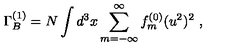
\Gamma _ { B } ^ { ( 1 ) } = N \int d ^ { 3 } x \sum _ { m = - \infty } ^ { \infty } f _ { m } ^ { ( 0 ) } ( u ^ { 2 } ) ^ { 2 } \ ,